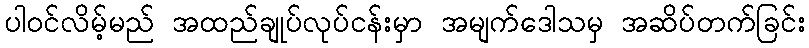
ပါဝင်လိမ့်မည် အထည်ချုပ်လုပ်ငန်းမှာ အမျက်ဒေါသမှ အဆိပ်တက်ခြင်း